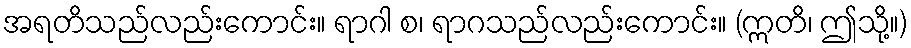
အရတိသည်လည်းကောင်း။ ရာဂါ စ၊ ရာဂသည်လည်းကောင်း။ (ဣတိ၊ ဤသို့။)